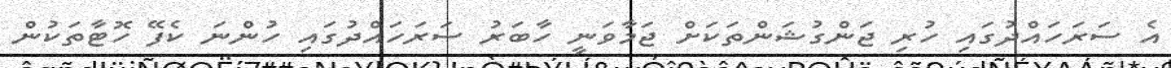
އެ ސަރަހައްދުގައި ހުރި ޖަންގުޝަންތަކަށް ޖަމާވަނީ ހާބަރު ސަރަހައްދުގައި ހުންނަ ކެފޭ ހޮޓާތަކުން